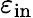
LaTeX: \varepsilon_{\mathrm{in}}